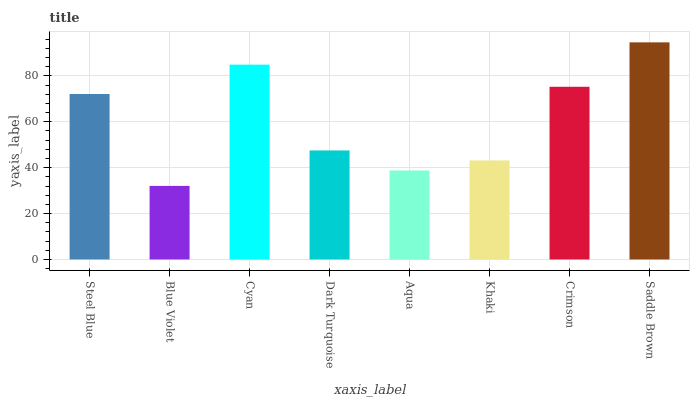
| xaxis_label | bars |
 | --- | --- |
 | Steel Blue | 72.1 |
 | Blue Violet | 32.1 |
 | Cyan | 84.9 |
 | Dark Turquoise | 47.5 |
 | Aqua | 38.8 |
 | Khaki | 43.2 |
 | Crimson | 75.3 |
 | Saddle Brown | 94.6 |